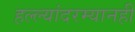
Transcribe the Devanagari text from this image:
हल्ल्यांदरम्यानही